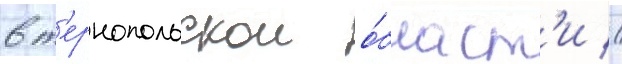
в т'ернопольскои о́бласт'и //